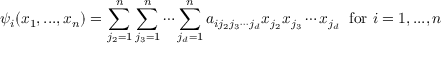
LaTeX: \psi _ { i } ( x _ { 1 } , . . . , x _ { n } ) = \sum _ { j _ { 2 } = 1 } ^ { n } \sum _ { j _ { 3 } = 1 } ^ { n } \cdots \sum _ { j _ { d } = 1 } ^ { n } a _ { i j _ { 2 } j _ { 3 } \cdots j _ { d } } x _ { j _ { 2 } } x _ { j _ { 3 } } \cdots x _ { j _ { d } } \; \; { \mathrm { f o r ~ } } i = 1 , . . . , n